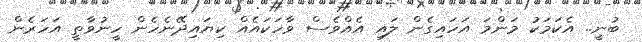
ބުނީ.. އެކަމަކު މަންމަ އަހައިގެން ލައި އެއްވެސް ވާހަކައެއް ކިޔައިދޭނެހެން ހީނުވާތީ އަހަރެން